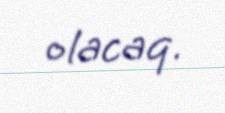
olacaq.